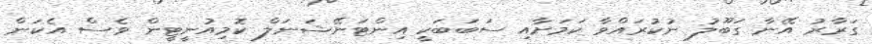
ގަރާރު އޭނާ ގަބޫލު ނުކުރައްވާ ކަމަށާއި ސަބަބަކީ އިންޓަނޭޝަނަލް ކޮމިއުނީޓީން ވެސް އެކަން